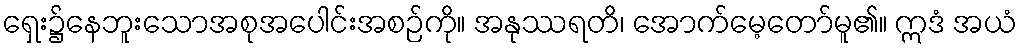
ရှေး၌နေဘူးသောအစုအပေါင်းအစဉ်ကို။ အနုဿရတိ၊ အောက်မေ့တော်မူ၏။ ဣဒံ အယံ